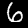
Digit: 6